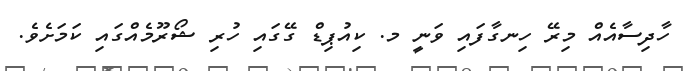
ހާދިސާއެއް މިރޭ ހިނގާފައި ވަނީ މ. ކިއުޕިޑް ގޭގައި ހުރި ޝޯރޫމެއްގައި ކަމަށެވެ.